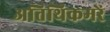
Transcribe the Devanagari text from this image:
अतिथिकमरें